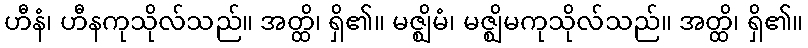
ဟီနံ၊ ဟီနကုသိုလ်သည်။ အတ္ထိ၊ ရှိ၏။ မဇ္ဈိမံ၊ မဇ္ဈိမကုသိုလ်သည်။ အတ္ထိ၊ ရှိ၏။